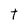
Character: T